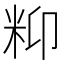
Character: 𥸾